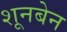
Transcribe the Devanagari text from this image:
शूनबेन